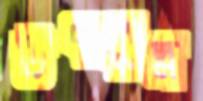
উৎফুল্ল